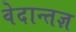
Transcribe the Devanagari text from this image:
वेदान्तज्ञ